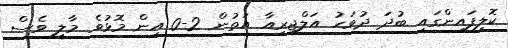
ކޮލިފައިންގައި ބުދަ ދުވަހު އަލްޖީރިއާ އަތުން 2-0 އިން މޮޅުވެ މާލީ ވެސް